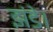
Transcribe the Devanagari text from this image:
झंडे।